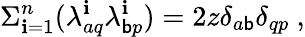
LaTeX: \Sigma_{\mathbf{i}=1}^{n}(\lambda_{aq}^{\mathbf{i}}\lambda_{\mathsf{b}p}^{\mathbf{i}})=2z\delta_{a\mathsf{b}}\delta_{qp}\ ,